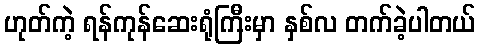
ဟုတ်ကဲ့ ရန်ကုန်ဆေးရုံကြီးမှာ နှစ်လ တက်ခဲ့ပါတယ်